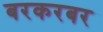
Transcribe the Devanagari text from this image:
बरकरबर